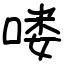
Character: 喽